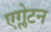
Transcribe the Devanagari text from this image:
एग्लेटन